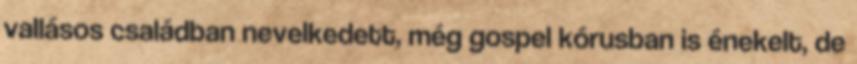
vallásos családban nevelkedett, még gospel kórusban is énekelt, de